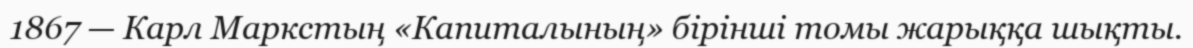
1867 — Карл Маркстың «Капиталының» бірінші томы жарыққа шықты.